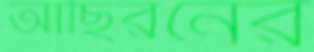
আছিরনের